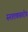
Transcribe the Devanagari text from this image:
स्नातकस्तरीय